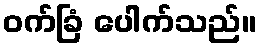
ဝက်ခြံ ပေါက်သည်။